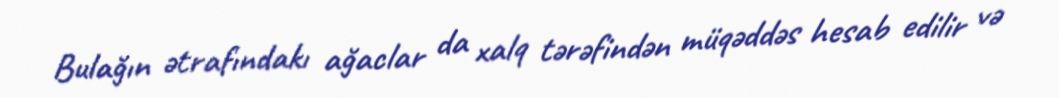
Bulağın ətrafındakı ağaclar da xalq tərəfindən müqəddəs hesab edilir və